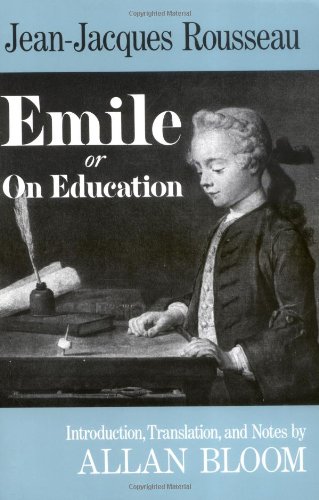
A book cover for Emile: Or On Education; Jean-Jacques Rousseau; Politics & Social Sciences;